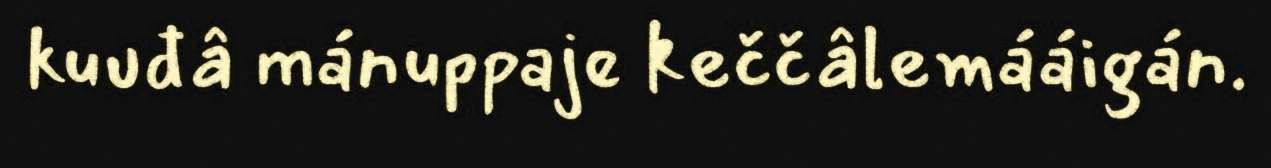
kuuđâ mánuppaje keččâlemááigán.